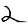
Digit: 2